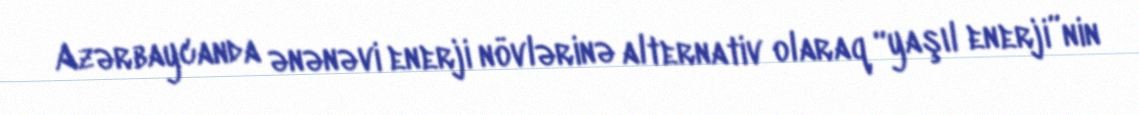
Azərbaycanda ənənəvi enerji növlərinə alternativ olaraq “yaşıl enerji”nin